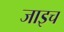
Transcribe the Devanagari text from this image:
जाइच